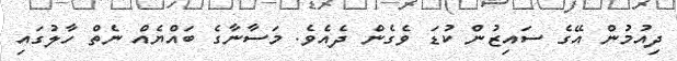
ދިއުމުން އޭގެ ސައިޒުން ކުޑަ ވެގެން ދެއެވެ. މަސާނާގެ ބައްޔެއް ނެތް ހާލުގައި